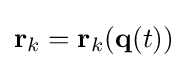
\mathbf {r} _{k}=\mathbf {r} _{k}(\mathbf {q} (t))